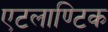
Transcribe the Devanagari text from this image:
एटलाण्टिक